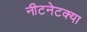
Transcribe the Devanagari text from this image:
नीटनेटक्या